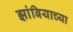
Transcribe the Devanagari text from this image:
झांबियाच्या